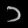
Digit: ၁